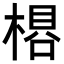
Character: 𬃽